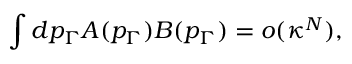
\int d p _ { \Gamma } A ( p _ { \Gamma } ) B ( p _ { \Gamma } ) = o ( \kappa ^ { N } ) ,